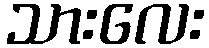
သားလေး